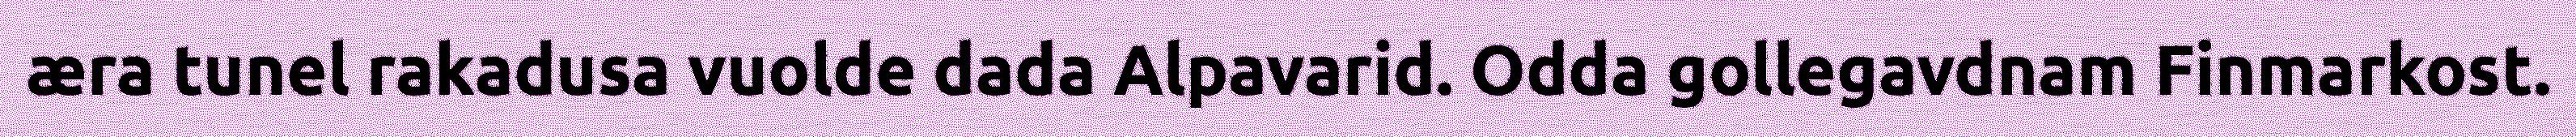
æra tunel rakadusa vuolde dada Alpavarid. Odda gollegavdnam Finmarkost.